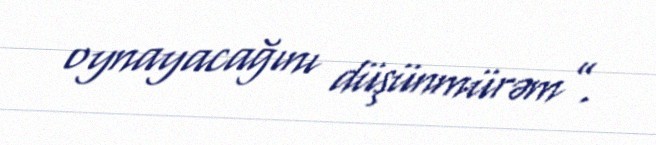
oynayacağını düşünmürəm”.